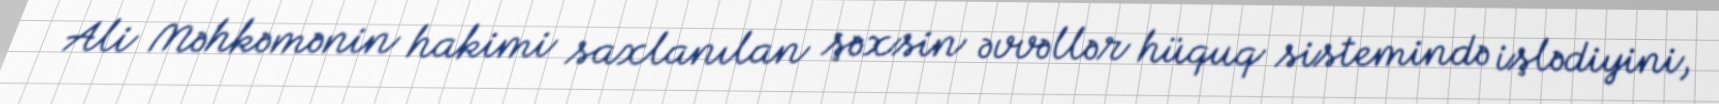
Ali Məhkəmənin hakimi saxlanılan şəxsin əvvəllər hüquq sistemində işlədiyini,